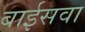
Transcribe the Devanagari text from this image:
बाईसवा